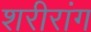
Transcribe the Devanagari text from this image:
शरीरांग